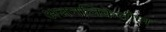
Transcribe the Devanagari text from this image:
अन्ननलिकेतील